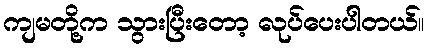
ကျမတို့က သွားပြီးတော့ လုပ်ပေးပါတယ်။